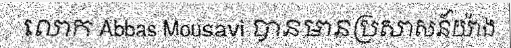
លោក Abbas Mousavi បានមានប្រសាសន៍យ៉ាង